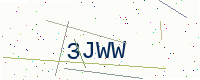
Text: 3JWW